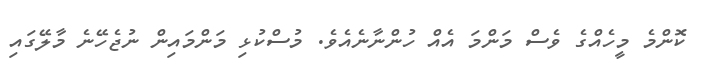
ކޮންމެ މީހެއްގެ ވެސް މަންމަ އެއް ހުންނާނެއެވެ. މުސްކުޅި މަންމައިން ނުޖެހޭނެ މާލޭގައި